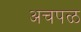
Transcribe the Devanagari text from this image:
अचपळ